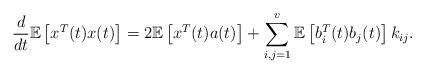
LaTeX: \begin{align*} \frac{d}{dt}\mathbb E\left[x^T(t) x(t)\right]=2 \mathbb E\left[x^T(t) a(t)\right] + \sum_{i, j=1}^v \mathbb E\left[b_i^T(t) b_j(t)\right]k_{ij}. \end{align*}